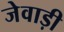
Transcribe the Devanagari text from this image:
जेवाड़ी